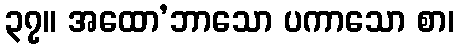
၃၇။ အထော’ဘာသော ပကာသော စာ၊